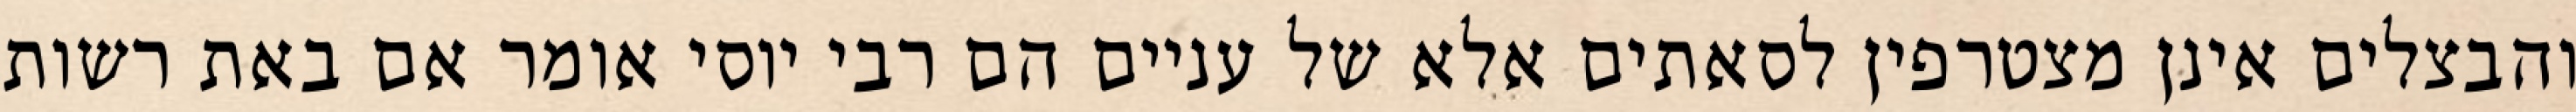
והבצלים אינן מצטרפין לסאתים אלא של עניים הם רבי יוסי אומר אם באת רשות